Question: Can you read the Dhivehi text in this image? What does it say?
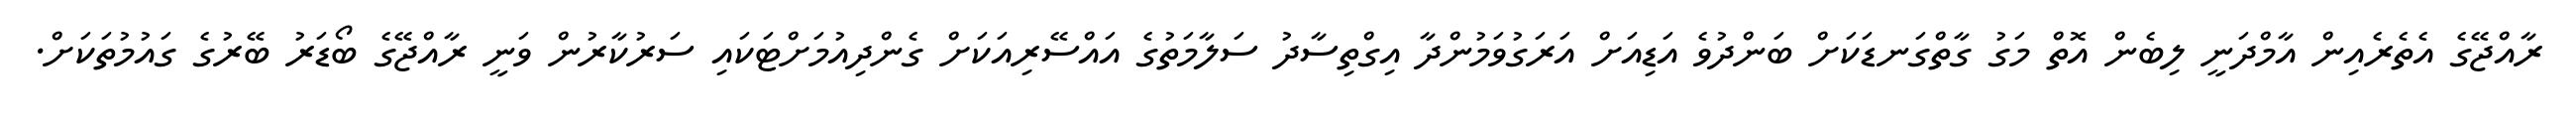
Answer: ރާއްޖޭގެ އެތެރެއިން އާމްދަނީ ލިބެން އޮތް މަގު ގާތްގަނޑަކަށް ބަންދުވެ އަޑިއަށް އަރަގުވަމުންދާ އިގްތިސާދު ސަލާމަތުގެ އައްސޭރިއަކަށް ގެންދިއުމަށްޓަކައި ސަރުކާރުން ވަނީ ރާއްޖޭގެ ބޯޑަރު ބޭރުގެ ގައުމުތަކަށް.